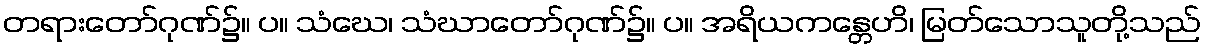
တရားတော်ဂုဏ်၌။ ပ။ သံဃေ၊ သံဃာတော်ဂုဏ်၌။ ပ။ အရိယကန္တေဟိ၊ မြတ်သောသူတို့သည်